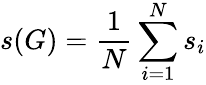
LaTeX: s(G)=\frac{1}{N}\sum_{i=1}^{N}s_{i}